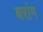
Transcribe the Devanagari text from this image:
बरांग